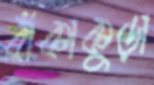
বাঁকাকুড়া